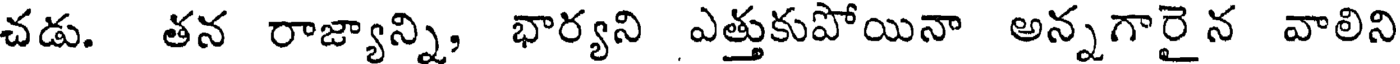
చడు. తన రాజ్యాన్ని, భార్యని ఎత్తుకుపోయినా అన్నగారైన వాలిని